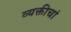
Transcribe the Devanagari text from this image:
व्यक्तीचां